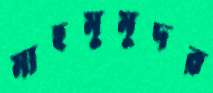
মাহমুমুদর